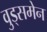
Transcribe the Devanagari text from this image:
वुड्समेन